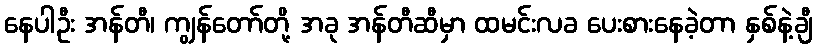
နေပါဦး အန်တီ၊ ကျွန်တော်တို့ အခု အန်တီဆီမှာ ထမင်းလခ ပေးစားနေခဲ့တာ နှစ်နဲ့ချီ